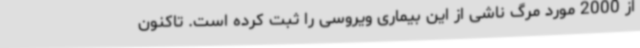
از 2000 مورد مرگ ناشی از این بیماری ویروسی را ثبت کرده است. تاکنون